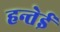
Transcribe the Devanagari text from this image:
हन्तेई